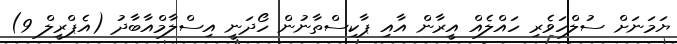
ޔަމަނަށް ސުލްހަވެރި ހައްލެއް އީރާން އާއި ޕާކިސްތާނުން ހޯދަނީ އިސްލާމްއާބާދު (އެޕްރީލް 9)